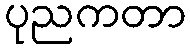
ပုညကတာ